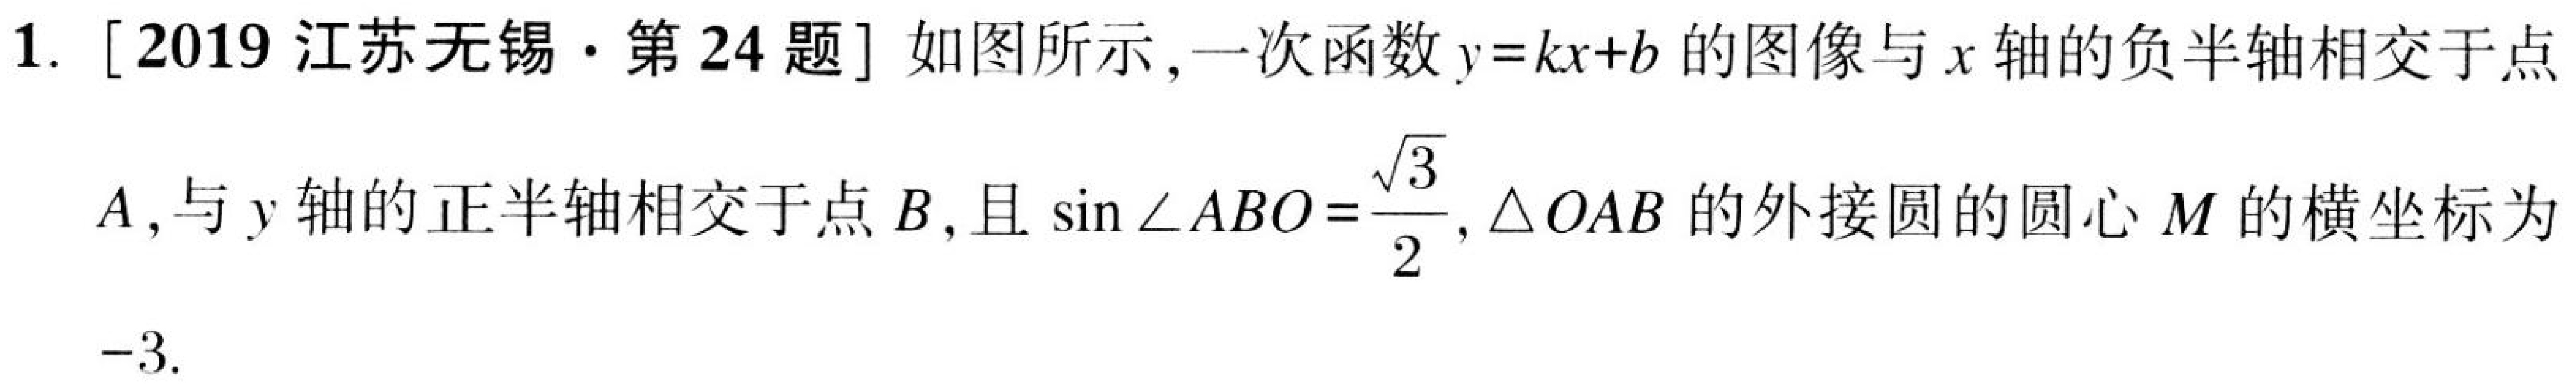
1. [2019 江苏无锡·第24题] 如图所示,一次函数 \(y = kx + b\) 的图像与 \(x\) 轴的负半轴相交于点
\(A\),与 \(y\) 轴的正半轴相交于点 \(B\),且 \(\sin\angle ABO=\frac{\sqrt{3}}{2}\),\(\triangle OAB\) 的外接圆的圆心 \(M\) 的横坐标为
\(-3\).